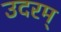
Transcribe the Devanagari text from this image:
उदरम्‌